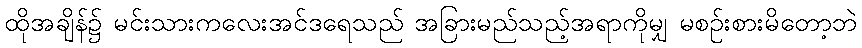
ထိုအချိန်၌ မင်းသားကလေးအင်ဒရေသည် အခြားမည်သည့်အရာကိုမျှ မစဉ်းစားမိတော့ဘဲ